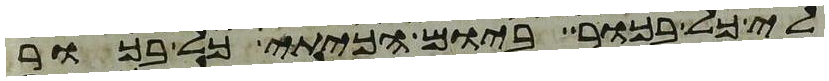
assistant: לי כל בכור ביום הכיתי כל בכור